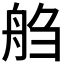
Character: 𰰌